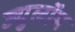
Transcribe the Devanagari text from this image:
ज्युलॉम